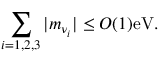
\sum _ { i = 1 , 2 , 3 } | m _ { \nu _ { i } } | \leq O ( 1 ) \mathrm { e V } .